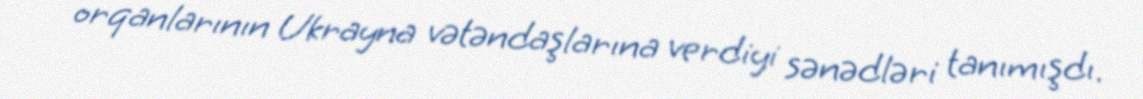
orqanlarının Ukrayna vətəndaşlarına verdiyi sənədləri tanımışdı.